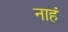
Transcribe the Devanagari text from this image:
नाहं